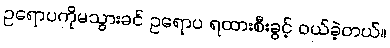
ဥရောပကိုမသွားခင် ဥရောပ ရထားစီးခွင့် ဝယ်ခဲ့တယ်။